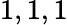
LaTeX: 1,1,1